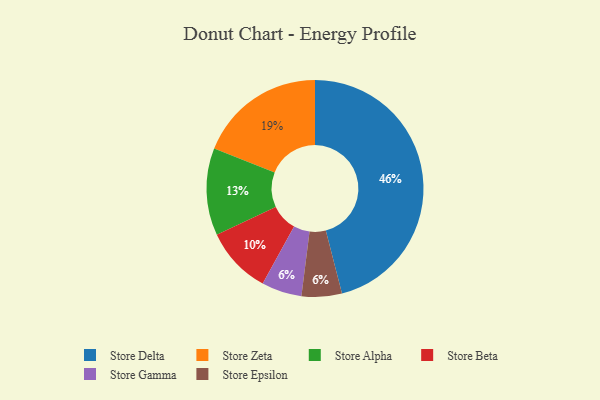
{"axis": {"x": "Category", "y": "Percentage"}, "legend": ["Store Alpha", "Store Beta", "Store Delta", "Store Epsilon", "Store Gamma", "Store Zeta"], "data": [{"x": "Store Gamma", "y": 6, "type": "Store Gamma"}, {"x": "Store Alpha", "y": 13, "type": "Store Alpha"}, {"x": "Store Epsilon", "y": 6, "type": "Store Epsilon"}, {"x": "Store Beta", "y": 10, "type": "Store Beta"}, {"x": "Store Zeta", "y": 19, "type": "Store Zeta"}, {"x": "Store Delta", "y": 46, "type": "Store Delta"}]}